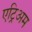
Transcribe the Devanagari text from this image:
एट्रिअम